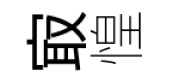
㝡惶